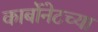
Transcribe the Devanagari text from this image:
कार्बोनेटच्या